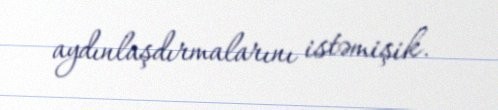
aydınlaşdırmalarını istəmişik.